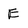
Character: E